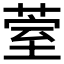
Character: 𮏧